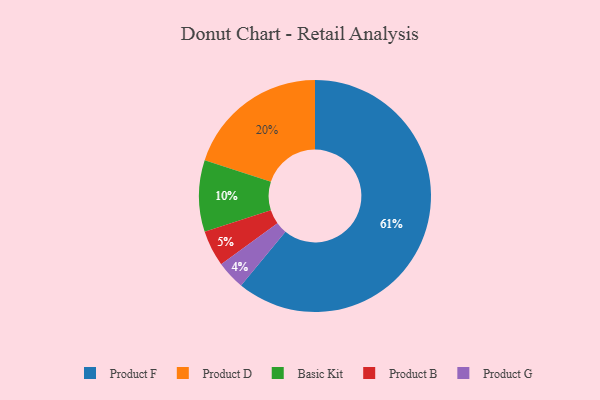
{"axis": {"x": "Category", "y": "Percentage"}, "legend": ["Basic Kit", "Product B", "Product D", "Product F", "Product G"], "data": [{"x": "Product F", "y": 61, "type": "Product F"}, {"x": "Product B", "y": 5, "type": "Product B"}, {"x": "Basic Kit", "y": 10, "type": "Basic Kit"}, {"x": "Product D", "y": 20, "type": "Product D"}, {"x": "Product G", "y": 4, "type": "Product G"}]}